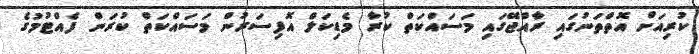
ކުރިއަށް އޮތްތަނުގައި ރާއްޖޭގައި މަސައްކަތް ކުރާ މެޑިކަލް އޮފިސަރުން މަސައްކަތް ކުރަން ފެއްޓުމުގެ